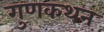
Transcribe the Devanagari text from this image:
गुणकथन